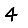
Digit: 4